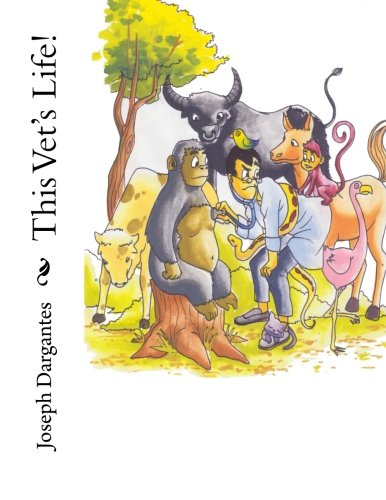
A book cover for This Vet's Life!; Joseph P. Dargantes; Literature & Fiction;